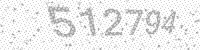
Solution: 512794